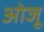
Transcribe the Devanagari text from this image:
ओजू